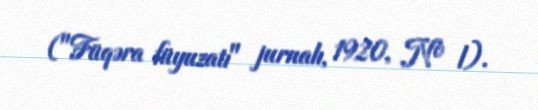
("Füqəra füyuzatı" jurnalı, 1920, № l).